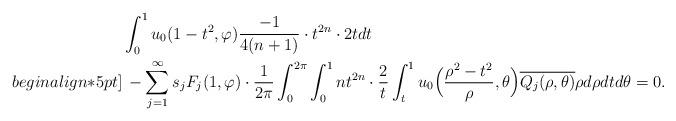
LaTeX: \begin{align*}&\int_0^1 u_0(1-t^2,\varphi)\frac{-1}{4(n+1)}\cdot t^{2n}\cdot 2tdt \\begin{align*}5pt]&\, - \sum_{j=1}^{\infty}s_j F_j(1, \varphi)\cdot \frac{1}{2\pi}\int_0^{2\pi}\int_0^1 nt^{2n}\cdot \frac{2}{t} \int_t^1 u_0\Bigl(\frac{\rho^2-t^2}{\rho}, \theta\Bigr) \overline{Q_j(\rho,\theta)} \rho d\rho dt d\theta =0.\end{align*}